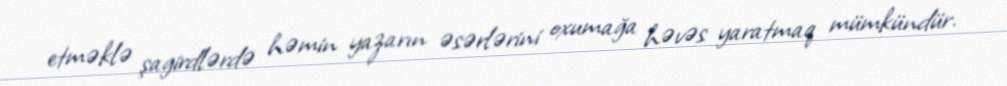
etməklə şagirdlərdə həmin yazarın əsərlərini oxumağa həvəs yaratmaq mümkündür.